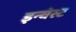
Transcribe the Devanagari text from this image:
इन्वेस्ट